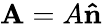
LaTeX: \mathbf{A}=A\mathbf{\hat{n}}